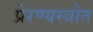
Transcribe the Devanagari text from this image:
प्रेरण्यस्त्रोत